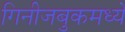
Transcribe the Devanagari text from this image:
गिनीजबुकमध्ये